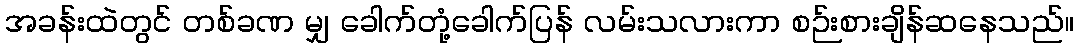
အခန်းထဲတွင် တစ်ခဏ မျှ ခေါက်တုံ့ခေါက်ပြန် လမ်းသလားကာ စဉ်းစားချိန်ဆနေသည်။